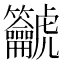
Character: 𪛔